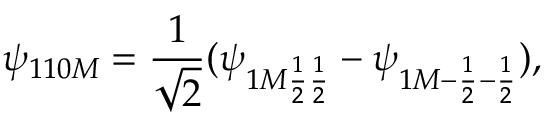
\psi _ { 1 1 0 M } = { \frac { 1 } { \sqrt { 2 } } } ( \psi _ { 1 M { \frac { 1 } { 2 } } { \frac { 1 } { 2 } } } - \psi _ { 1 M - { \frac { 1 } { 2 } } - { \frac { 1 } { 2 } } } ) ,